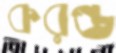
করণ্ড